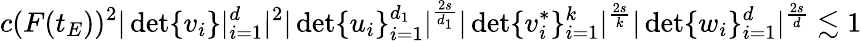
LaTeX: c(F(t_{E}))^{2}|\operatorname*{det}\{ v_{i}\} |_{i=1}^{d}|^{2}|\operatorname*{det}\{ u_{i}\} _{i=1}^{d_{1}}|^{\frac{2s}{d_{1}}}|\operatorname*{det}\{ v_{i}^{*}\} _{i=1}^{k}|^{\frac{2s}{k}}|\operatorname*{det}\{ w_{i}\} _{i=1}^{d}|^{\frac{2s}{d}}\lesssim 1